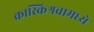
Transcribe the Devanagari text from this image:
कास्किश्रवामध्ये